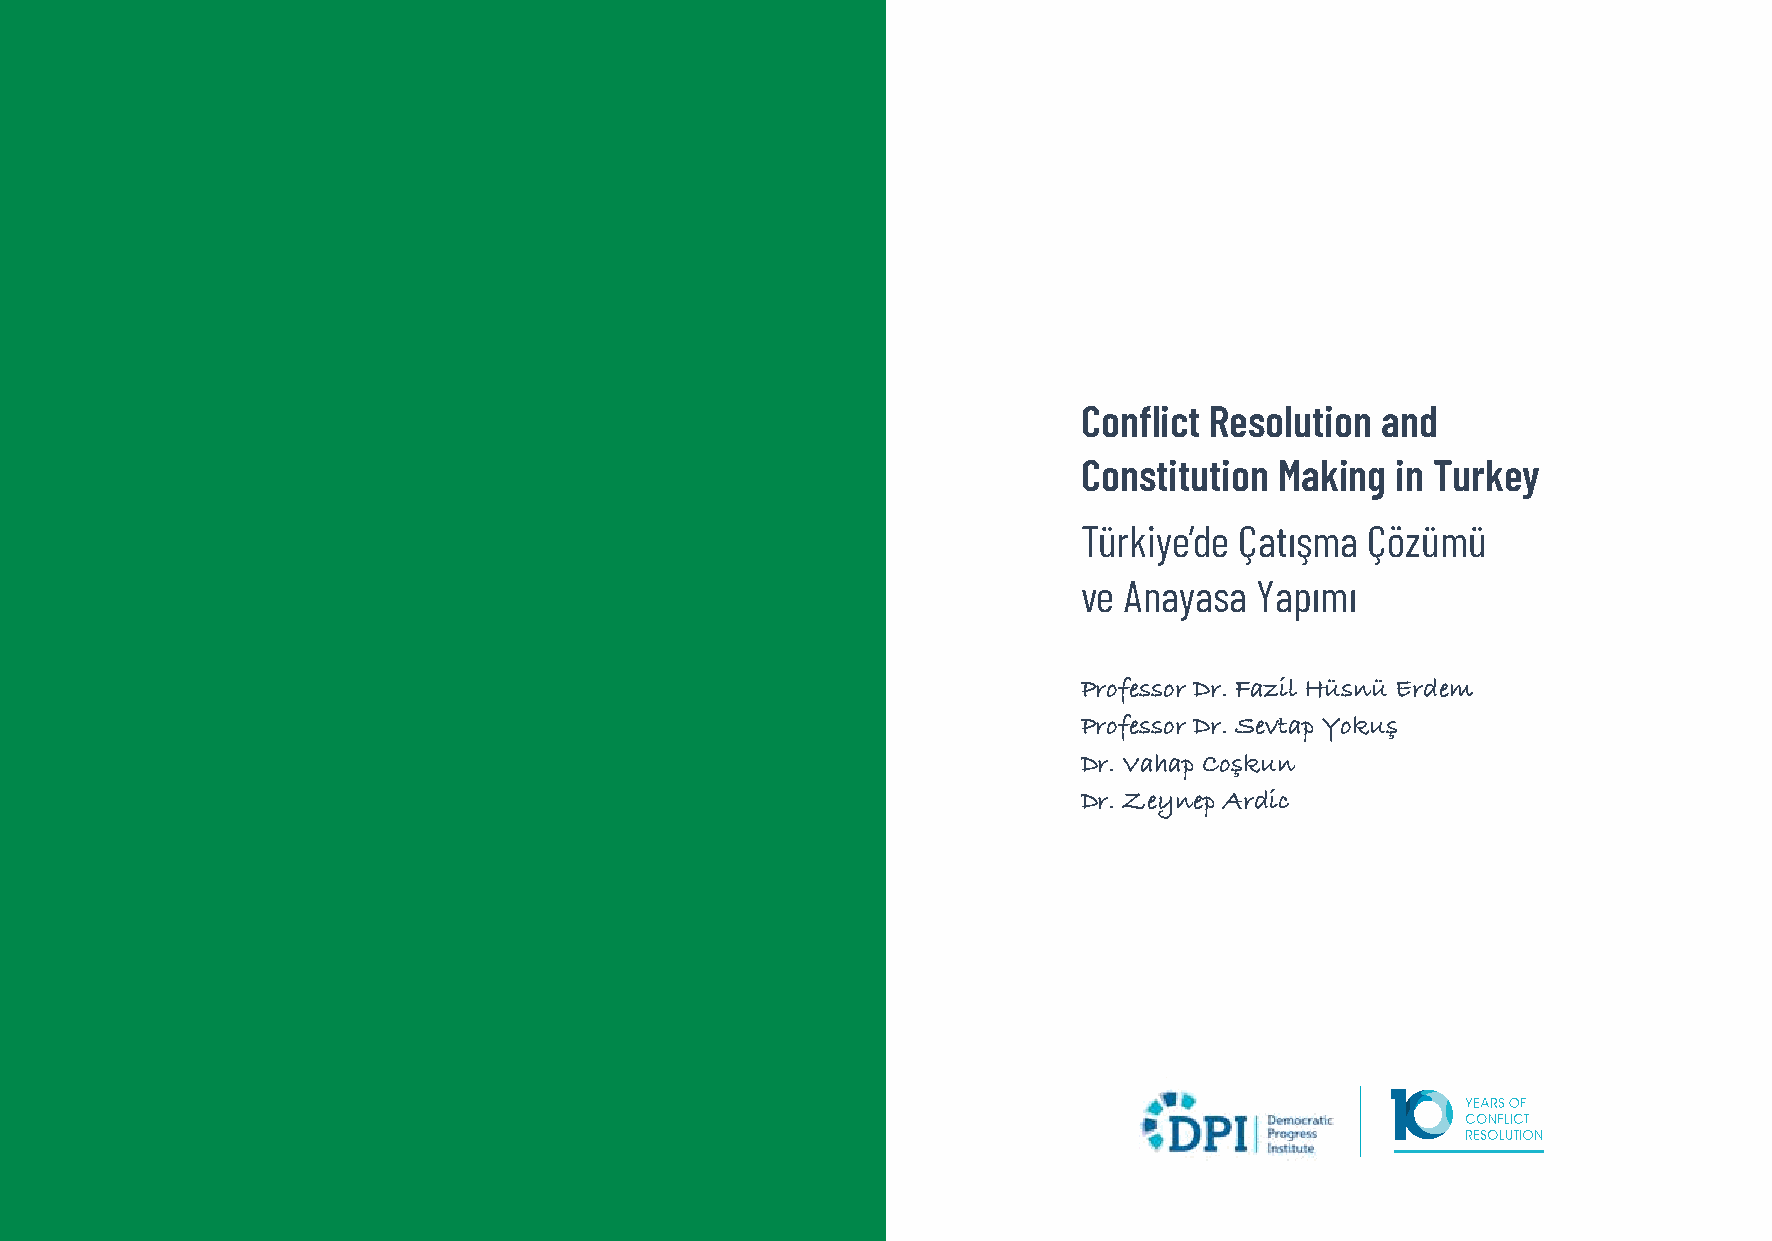
Conflict Resolution and
 Constitution Making in Turkey
 Türkiye’de Çatışma Çözümü
 ve Anayasa Yapımı
 Professor Dr. Fazil Hüsnü Erdem
 Professor Dr. Sevtap Yokuş
 Dr. Vahap Coşkun
 Dr. Zeynep Ardic